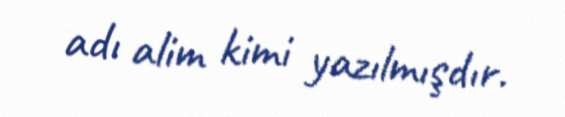
adı alim kimi yazılmışdır.